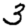
Digit: 3